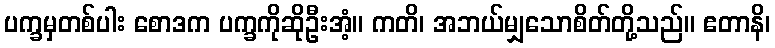
ပက္ခမှတစ်ပါး စောဒက ပက္ခကိုဆိုဦးအံ့။ ကတိ၊ အဘယ်မျှသောစိတ်တို့သည်။ ဧတာနိ၊